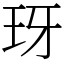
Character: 玡